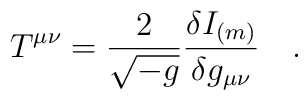
T^{\mu\nu}={2 \over \sqrt{-g}} {\delta I_{(m)} \over \delta g_{\mu\nu}}~~~.